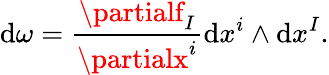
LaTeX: \mathrm{d}{\omega}={\frac{{\partialf_{I}}}{{\partialx^{i}}}}\mathrm{d}x^{i}\wedge\mathrm{d}x^{I}.